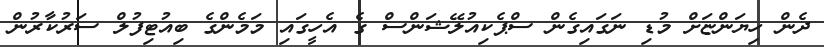
ދެން ހިޔަންޏަށް މުޑި ނަގައިގެން ސްޕެކިއުލޭޝަންސް ގެ އެހީގައި މަމެންގެ ބިއުޓިފުލް ސަރުކާރުން